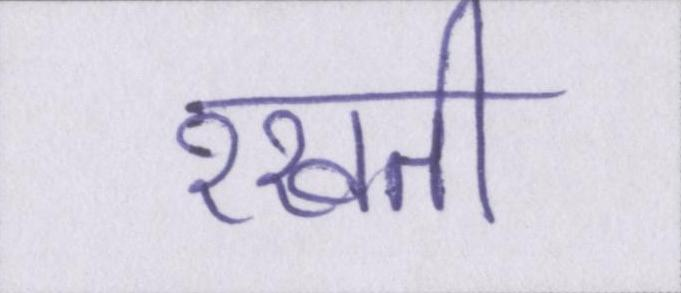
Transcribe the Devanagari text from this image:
रखती